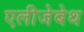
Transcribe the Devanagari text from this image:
एलीजेबेथ